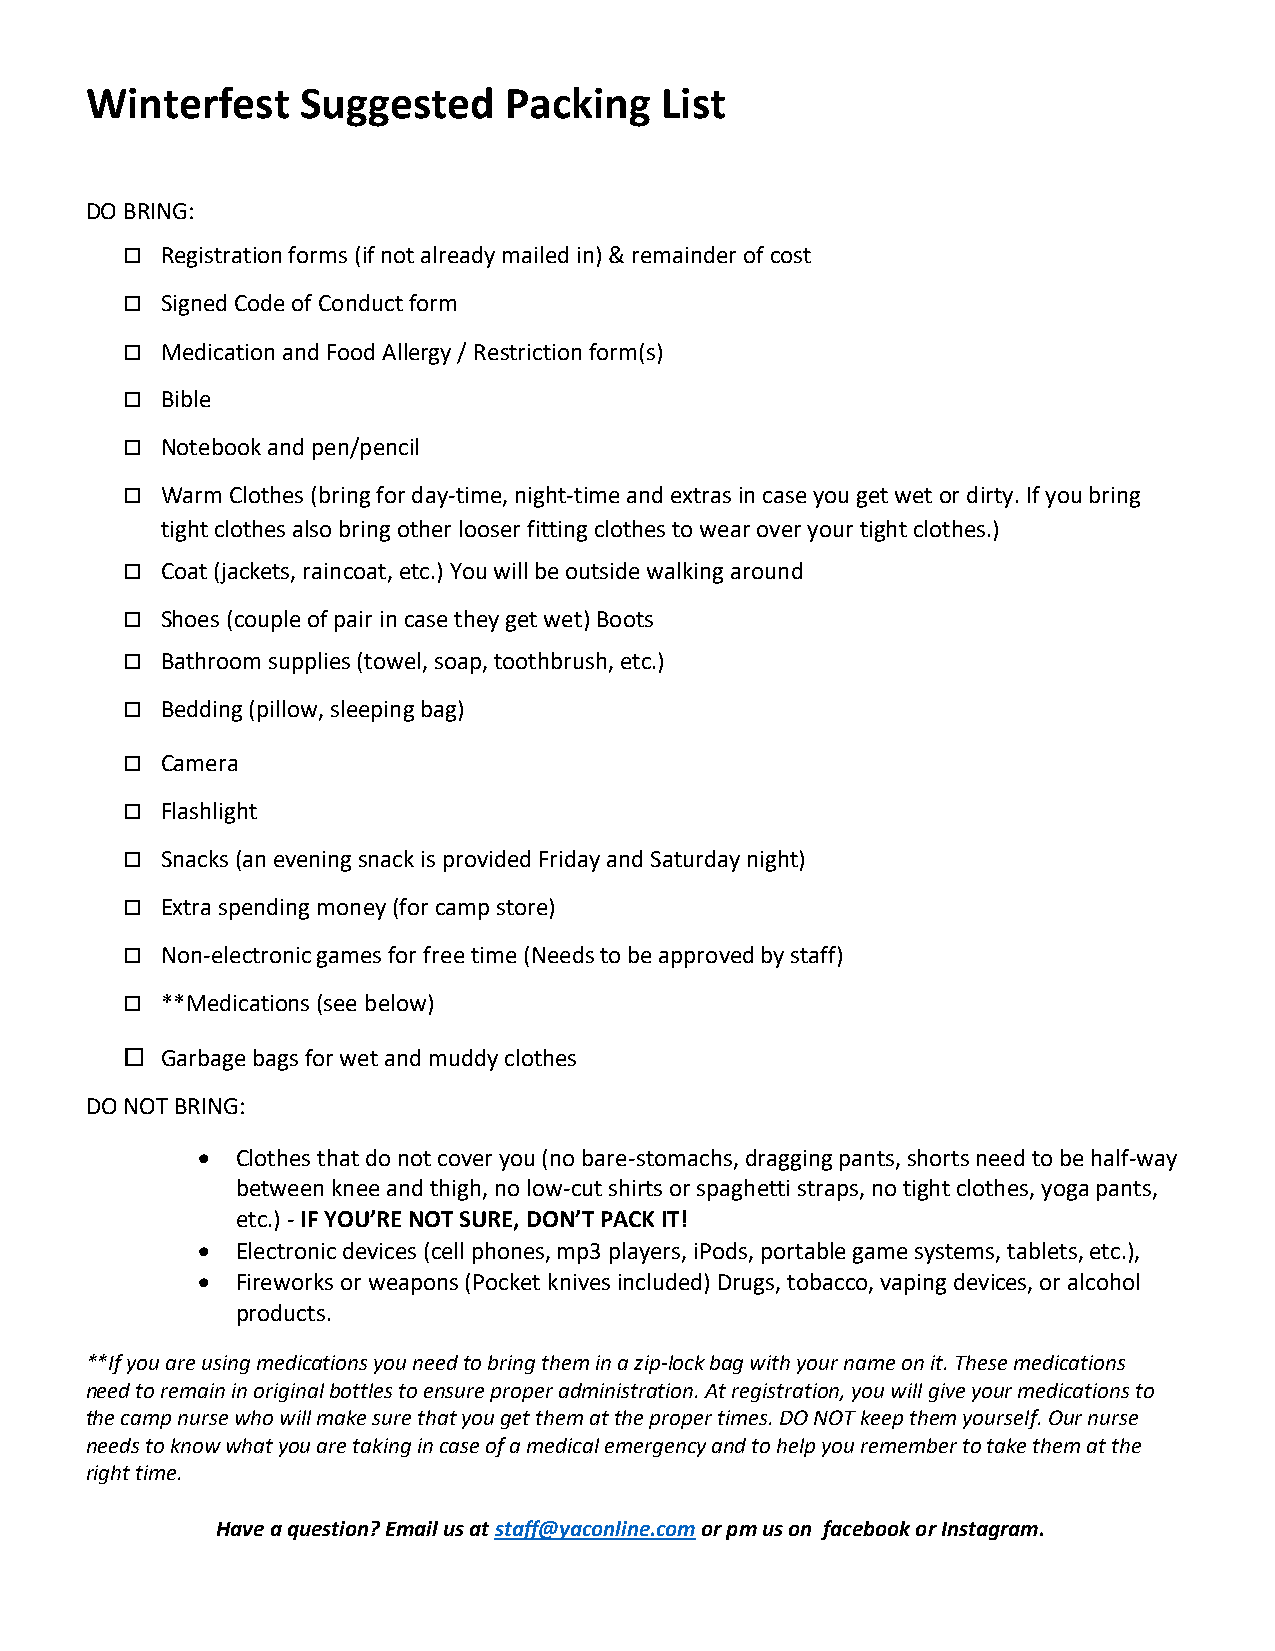
Winterfest    Suggested    Packing    List
 DO BRING:
   Registration forms (if not already mailed in) & remainder of cost
   Signed Code of Conduct form
   Medication and Food Allergy / Restriction form(s)
   Bible
   Notebook and pen/pencil
   Warm Clothes (bring for day-time, night-time and extras in case you get wet or dirty. If you bring
 tight clothes also bring other looser fitting clothes to wear over your tight clothes.)
   Coat (jackets, raincoat, etc.) You will be outside walking around
   Shoes (couple of pair in case they get wet) Boots
   Bathroom supplies (towel, soap, toothbrush, etc.)
   Bedding (pillow, sleeping bag)
   Camera
   Flashlight
   Snacks (an evening snack is provided Friday and Saturday night)
   Extra spending money (for camp store)
   Non-electronic games for free time (Needs to be approved by staff)
   **Medications (see below)
   Garbage bags for wet and muddy clothes
 DO NOT BRING:
 •  Clothes that do not cover you (no bare-stomachs, dragging pants, shorts need to be half-way
 between knee and thigh, no low-cut shirts or spaghetti straps, no tight clothes, yoga pants,
 etc.) - IF YOU’RE NOT SURE, DON’T PACK IT!
 •  Electronic devices (cell phones, mp3 players, iPods, portable game systems, tablets, etc.),
 •  Fireworks or weapons (Pocket knives included) Drugs, tobacco, vaping devices, or alcohol
 products.
 **If you are using medications you need to bring them in a zip-lock bag with your name on it. These medications
 need to remain in original bottles to ensure proper administration. At registration, you will give your medications to
 the camp nurse who will make sure that you get them at the proper times. DO NOT keep them yourself. Our nurse
 needs to know what you are taking in case of a medical emergency and to help you remember to take them at the
 right time.
 Have a question? Email us at staff@yaconline.com or pm us on facebook or Instagram.